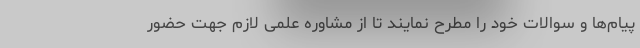
پيام‌ها و سوالات خود را مطرح نمايند تا از مشاوره علمی لازم جهت حضور